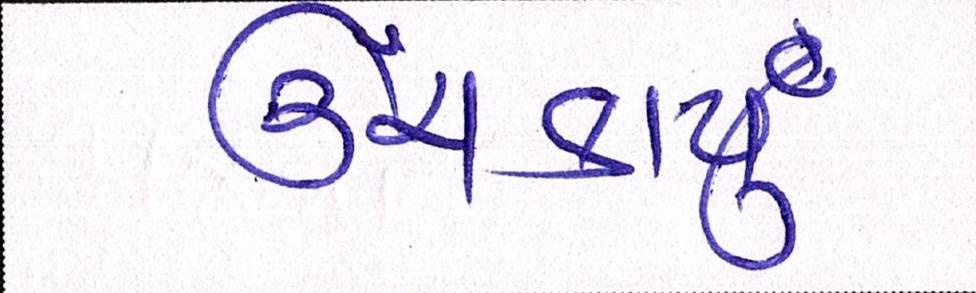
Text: ઊંચકાયું